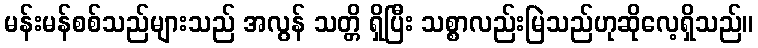
မန်းမန်စစ်သည်များသည် အလွန် သတ္တိ ရှိပြီး သစ္စာလည်းမြဲသည်ဟုဆိုလေ့ရှိသည်။